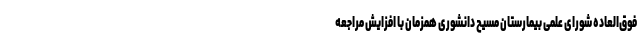
فوق‌العاده شورای علمی بیمارستان مسیح دانشوری همزمان با افزایش مراجعه